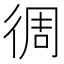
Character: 徟